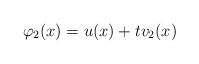
\begin{align*}\varphi_2(x)=u(x)+tv_2(x) \end{align*}